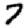
Digit: 7